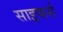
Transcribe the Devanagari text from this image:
साइफर्स